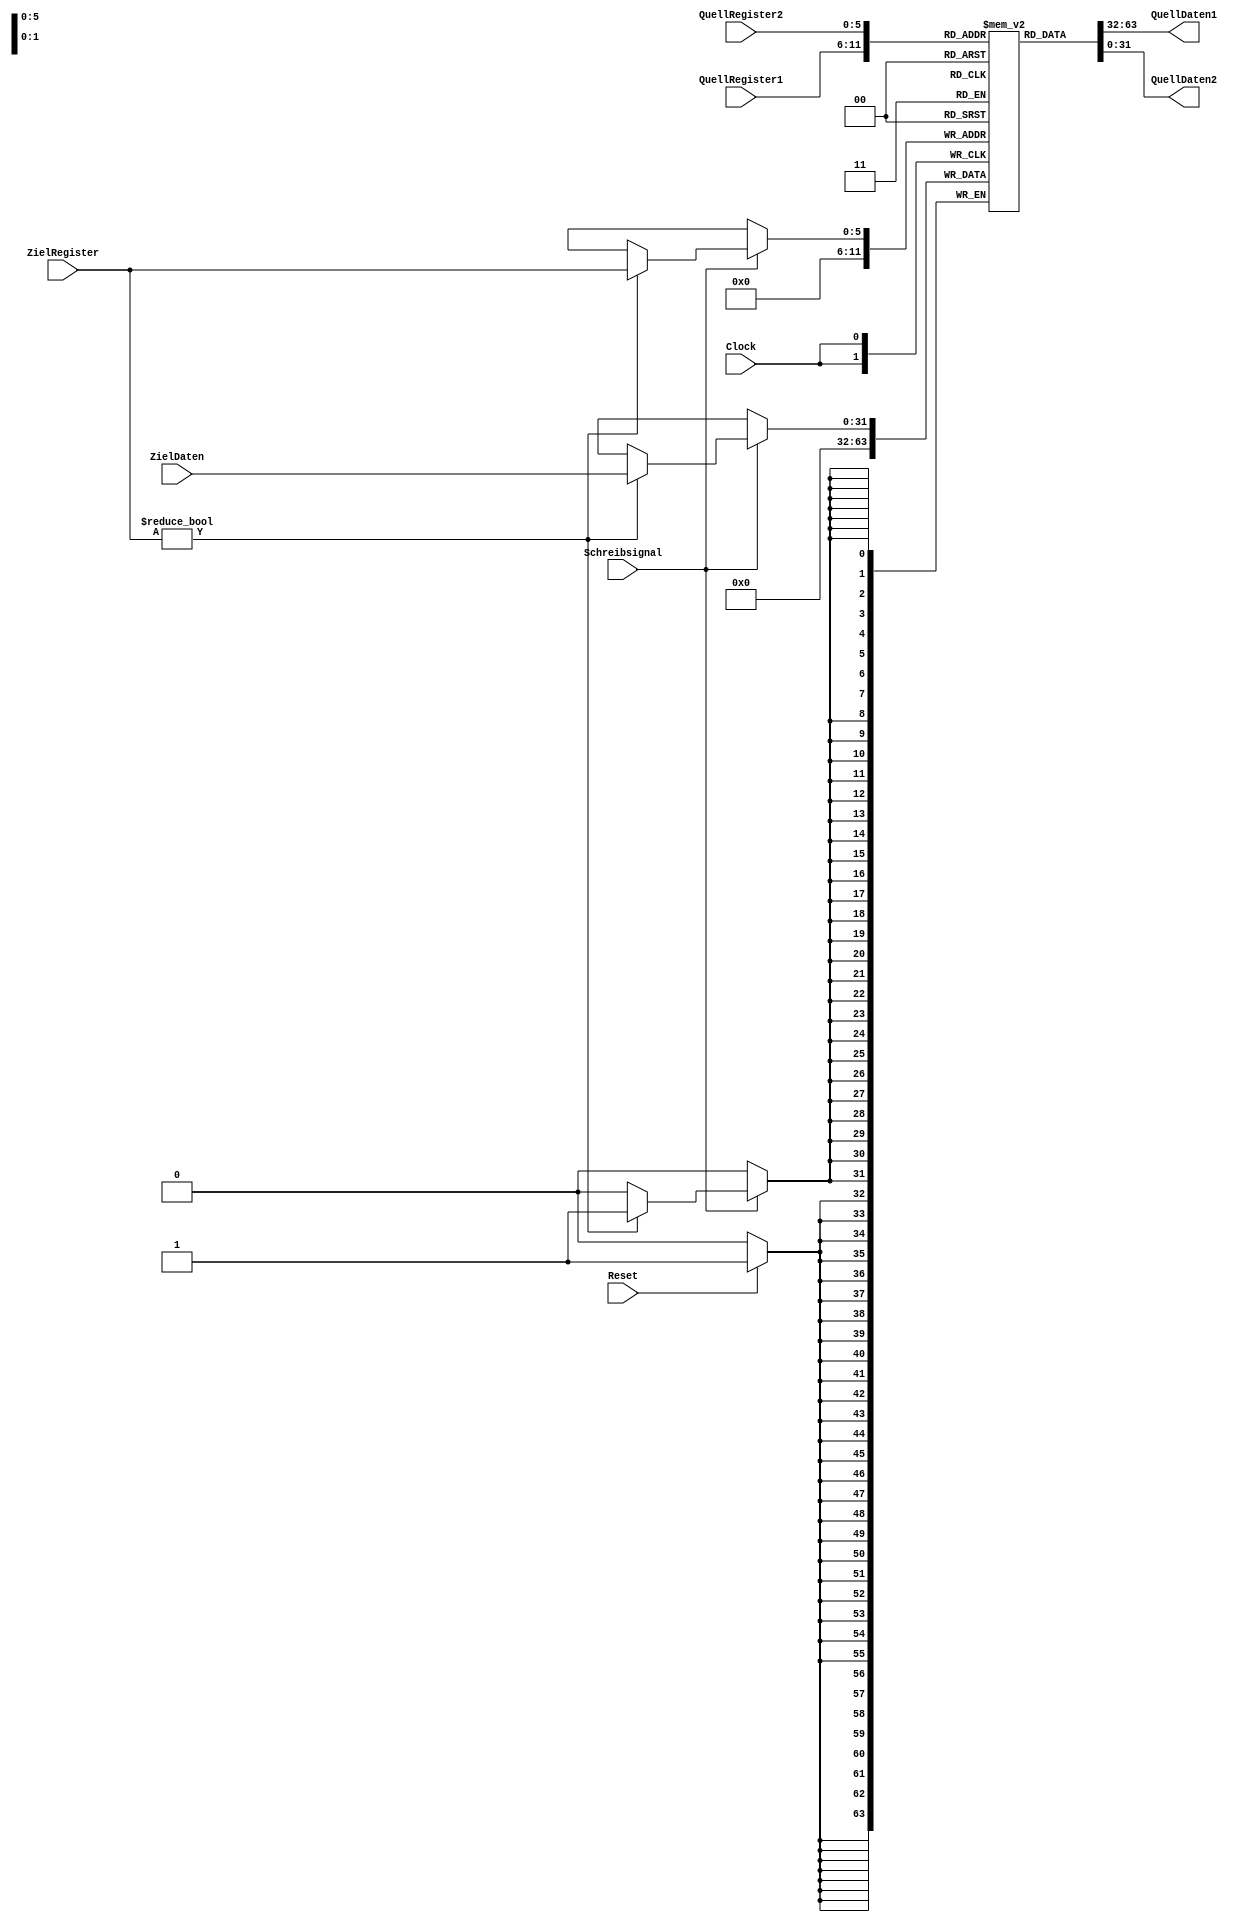
module Register (
    input [5:0] QuellRegister1,
    input [5:0] QuellRegister2,
    input [31:0] ZielDaten,
    input [5:0] ZielRegister,
    input Schreibsignal,
    input Clock,
    input Reset,

    output [31:0] QuellDaten1,
    output [31:0] QuellDaten2
);

reg [31:0] registers [63:0];

initial begin
    registers[0] = 32'b0;
end

assign QuellDaten1 = registers[QuellRegister1];
assign QuellDaten2 = registers[QuellRegister2];

integer i;

always @(posedge Clock) begin
    if(Schreibsignal) begin 
        if(ZielRegister != 0) begin
            registers[ZielRegister] <= ZielDaten;
        end
    end
    if(Reset)
        registers[0] <= 0;
end
    
endmodule